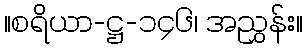
။စရိယာ-ဋ္ဌ-၁၄၆၊ အညွှန်း။